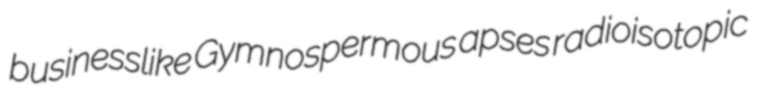
businesslike Gymnospermous apses radioisotopic